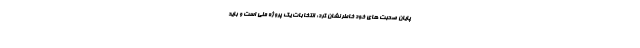
پایان صحبت های خود خاطر نشان کرد: انتخابات یک پروژه ملی است و باید